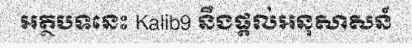
អត្ថបទនេះ Kalib9 នឹងផ្តល់អនុសាសន៍